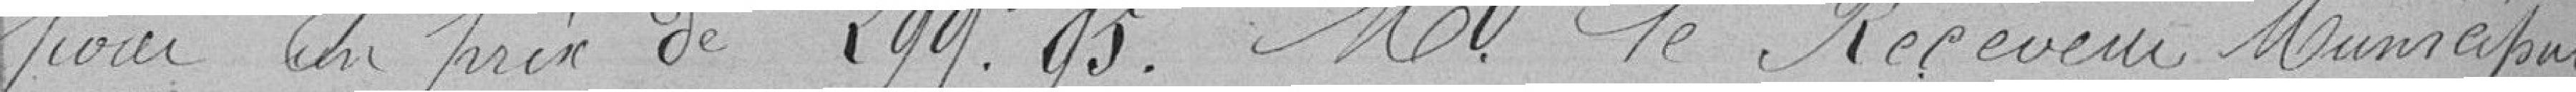
pour un prix de 299.95 . M  le Receveur Municipal